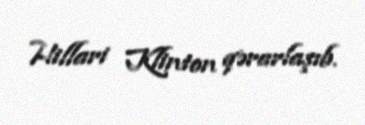
Hillari Klinton qərarlaşıb.